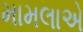
મામલાએ